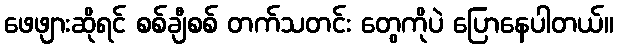
ဖေဖျားဆိုရင် စစ်ချီစစ် တက်သတင်း တွေကိုပဲ ပြောနေပါတယ်။